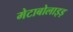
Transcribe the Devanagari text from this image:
मेटाबोलाइड़